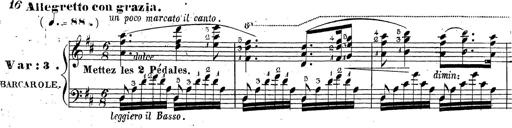
Title: Grande fantaisie sur la tyrolienne de l'opÃ©ra
Composer: Franz Liszt
Key: A major